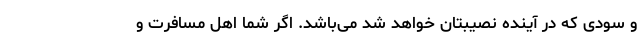
و سودی که در آینده نصیبتان خواهد شد می‌­باشد. اگر شما اهل مسافرت و